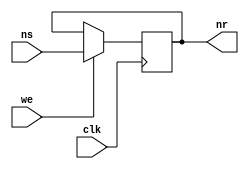
module reg1(output nr, input ns, input we, input clk);

	reg st;
	
	initial 
	st = 0;
	
	always @(posedge clk)
	
		begin
		if(we == 1)
		st = ns;
		end
	
	assign nr = st;
	
endmodule